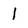
Character: 1